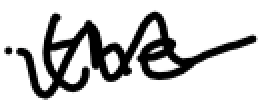
Text: the
Cross-out: wave
Writing tool: digital_black